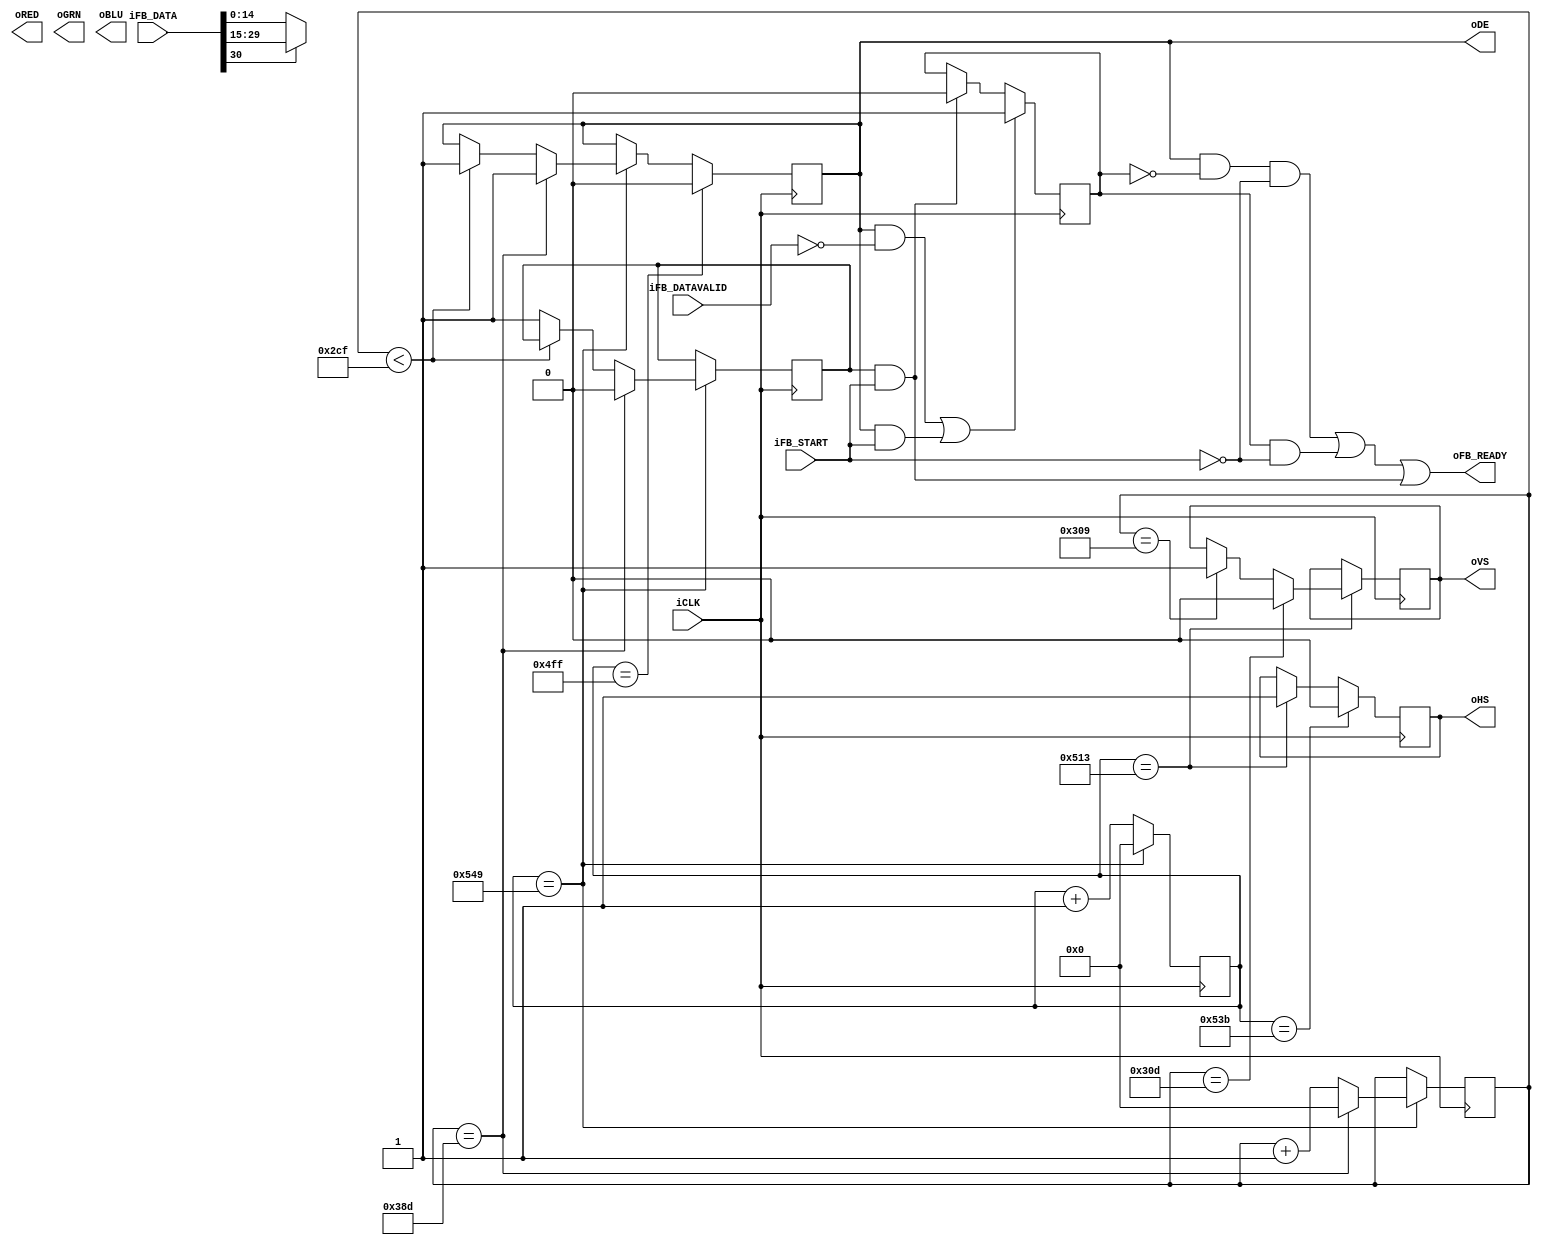
/*
* Copyright 2018 ARDUINO SA (http://www.arduino.cc/)
* This file is part of Vidor IP.
* Copyright (c) 2018
*
* This software is released under:
* The GNU General Public License, which covers the main part of 
* Vidor IP
* The terms of this license can be found at:
* https://www.gnu.org/licenses/gpl-3.0.en.html
*
* You can be released from the requirements of the above licenses by purchasing
* a commercial license. Buying such a license is mandatory if you want to modify or
* otherwise use the software for commercial activities involving the Arduino
* software without disclosing the source code of your own applications. To purchase
* a commercial license, send an email to license@arduino.cc.
*
*/

module FBST #(
  parameter pHRES=1280,
  parameter pVRES=720,
  parameter pHTOTAL=1354,
  parameter pVTOTAL=910,
  parameter pHSS=1300,
  parameter pHSE=1340,
  parameter pVSS=778,
  parameter pVSE=782
 )
 
 (
  input             iCLK,
  output [7:0]      oRED,
  output [7:0]      oGRN,
  output [7:0]      oBLU,
  output reg        oHS,
  output reg        oVS,
  output            oDE,

  input             iFB_START,
  input [30:0]      iFB_DATA,
  input             iFB_DATAVALID,
  output            oFB_READY
 );

reg [10:0] rHCNT, rVCNT;
reg rFLUSH;
reg rDE;
reg rVBLANK;
assign oFB_READY = (rDE&!rFLUSH&!iFB_START)|(rFLUSH&!iFB_START)| (rVBLANK&&iFB_START);
assign oDE = rDE;

initial begin
  rHCNT <=pHTOTAL-140;
  rVCNT <=pVTOTAL-1;
  rFLUSH <=0;
  rDE <=0;
  rVBLANK <=1;
  oHS<=0;
  oVS<=0;
end
always @(posedge iCLK)
begin
  rHCNT <= rHCNT+1;
  if  (rVBLANK&&iFB_START)
    rFLUSH <=0;
  if (rHCNT==pHTOTAL-1)
  begin
    rHCNT <=0;
    if (rVCNT<pVRES-1)
      rDE<=1;
    else 
      rVBLANK <=1;
    rVCNT <= rVCNT+1;
    if (rVCNT==pVTOTAL-1)
    begin
      rVCNT <=0;
      rDE <=1;
      rVBLANK <=0;
    end
  end
  
  if (rHCNT==pHSS-1)
  begin
    oHS <=1;
    if (rVCNT==pVSS-1) begin
      oVS <=1;
    end
    if (rVCNT==pVSE-1) begin
      oVS <=0;
    end
  end
  if (rHCNT==pHSE-1)
    oHS <=0;
  if (rHCNT==pHRES-1)
    rDE <=0;
  if (oDE && !iFB_DATAVALID || oDE && iFB_START)
    rFLUSH <=1'b1;

end


assign {oBLU[7:3],oGRN[7:3],oRED[7:3]} = iFB_DATA[30] ? iFB_DATA[29:15] : iFB_DATA[14:0];


endmodule